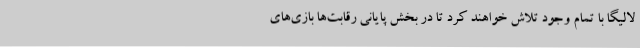
لالیگا با تمام وجود تلاش خواهند کرد تا در بخش پایانی رقابت‌ها بازی‌های